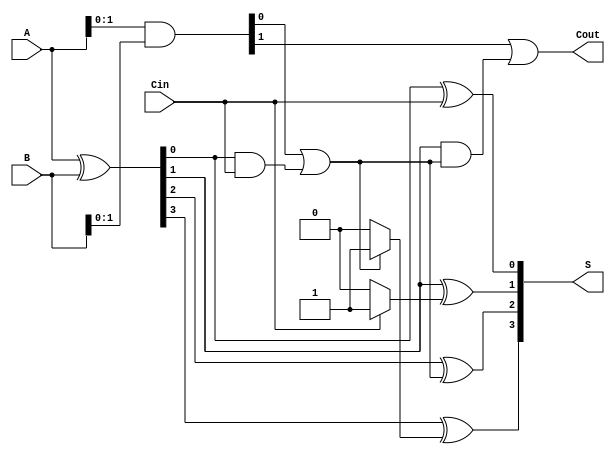
module CarrySelectAdder #(parameter n = 4) (
    input  [n-1:0] A,
    input  [n-1:0] B,
    input          Cin,
    output [n-1:0] S,
    output         Cout
);

// Generate and Propagate signals
wire [n-1:0] G, P;
wire [n:0] C; // Carry signals

assign G = A & B;    // Generate signals
assign P = A ^ B;    // Propagate signals

// Carry generation logic
assign C[0] = Cin; // Initial carry-in

// Carry for each segment (assuming 2-bit segments for this example)
generate
    genvar i;
    for (i = 0; i < n/2; i = i + 1) begin : carry_select
        // Compute carries for each pair of bits
        assign C[2*i + 1] = G[2*i] | (P[2*i] & C[2*i]); // Carry out for segment i when Cin is 0
        assign C[2*i + 2] = G[2*i + 1] | (P[2*i + 1] & C[2*i + 1]); // Carry out for segment i when Cin is 1
    end
endgenerate

// Sum calculation with carry selection
generate
    genvar j;
    for (j = 0; j < n; j = j + 1) begin : sum_calc
        if (j % 2 == 0) begin
            assign S[j] = P[j] ^ C[j/2]; // Using carry from the corresponding segment
        end else begin
            assign S[j] = P[j] ^ (C[j/2] ? 1'b1 : 1'b0); // Using the opposite segment's carry
        end
    end
endgenerate

// Final carry out
assign Cout = C[n/2];

endmodule